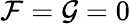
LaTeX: \mathcal{F}=\mathcal{G}=0